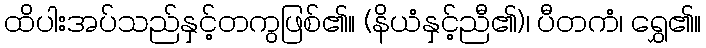
ထိပါးအပ်သည်နှင့်တကွဖြစ်၏။ (နိယံနှင့်ညီ၏)၊ ပီတကံ၊ ရွှေ၏။